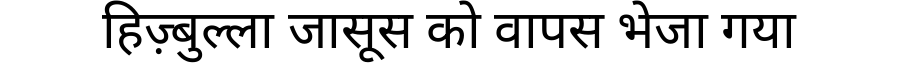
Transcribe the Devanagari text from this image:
हिज़्बुल्ला जासूस को वापस भेजा गया